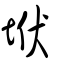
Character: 垘